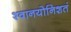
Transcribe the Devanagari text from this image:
श्वानयोनिशतं